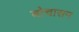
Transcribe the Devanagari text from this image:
बोचासन